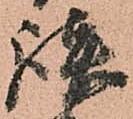
談